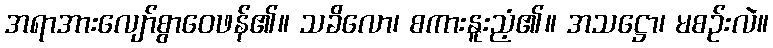
အရာအားလျော်စွာဝေဖန်၏။ သခိလော၊ စကားနူးညံ့၏။ အသဋ္ဌော၊ မစဉ်းလဲ။